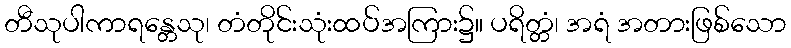
တီသုပါကာရန္တေသု၊ တံတိုင်းသုံးထပ်အကြား၌။ ပရိတ္တံ၊ အရံ အတားဖြစ်သော